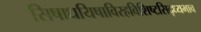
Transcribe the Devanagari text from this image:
सिषाधयिषाविरहविशिष्टसिद्ध्यभाव